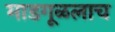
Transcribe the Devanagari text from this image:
माडगूळलाच